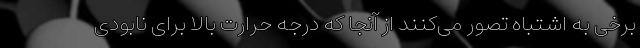
برخی به اشتباه تصور می‌کنند از آنجا که درجه حرارت بالا برای نابودی